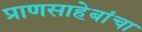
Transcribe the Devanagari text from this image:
प्राणसाहेबांचा